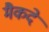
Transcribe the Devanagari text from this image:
मैकदे